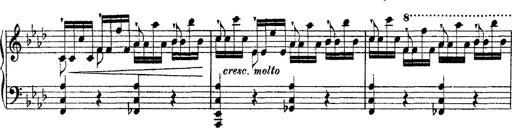
Title: Ã‰tudes d'exÃ©cution transcendante d'aprÃ¨s Paganini
Composer: Franz Liszt